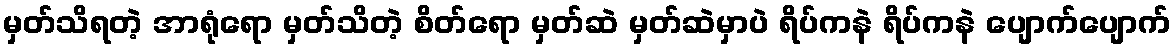
မှတ်သိရတဲ့ အာရုံရော မှတ်သိတဲ့ စိတ်ရော မှတ်ဆဲ မှတ်ဆဲမှာပဲ ရိပ်ကနဲ ရိပ်ကနဲ ပျောက်ပျောက်